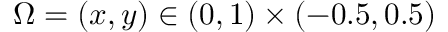
\Omega = ( x , y ) \in ( 0 , 1 ) \times ( - 0 . 5 , 0 . 5 )